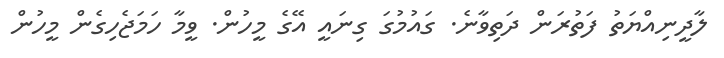
ލާދީނިއްޔަތު ފަތުރަން ދަތިވާނެ. ގައުމުގަ ގިނައީ އޭގެ މީހުން. ވީމާ ހަމަޖެހިގެން މީހުން